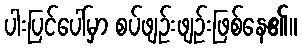
ပါးပြင်ပေါ်မှာ စပ်ဖျဉ်းဖျဉ်းဖြစ်နေ၏။